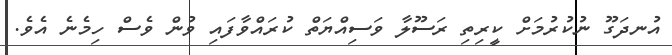
އުނދަގޫ ނުކުރުމަށް ކީރިތި ރަސޫލާ ވަސިއްޔަތް ކުރައްވާފައި ވުން ވެސް ހިމެނެ އެވެ.